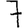
Digit: 7